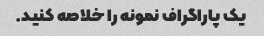
یک پاراگراف نمونه را خلاصه کنید.